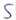
Text: S